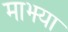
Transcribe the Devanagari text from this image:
माझ्या